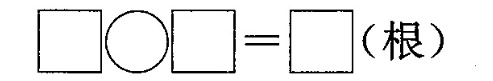
\Box\circ \Box=\Box(根)